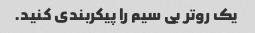
یک روتر بی سیم را پیکربندی کنید.